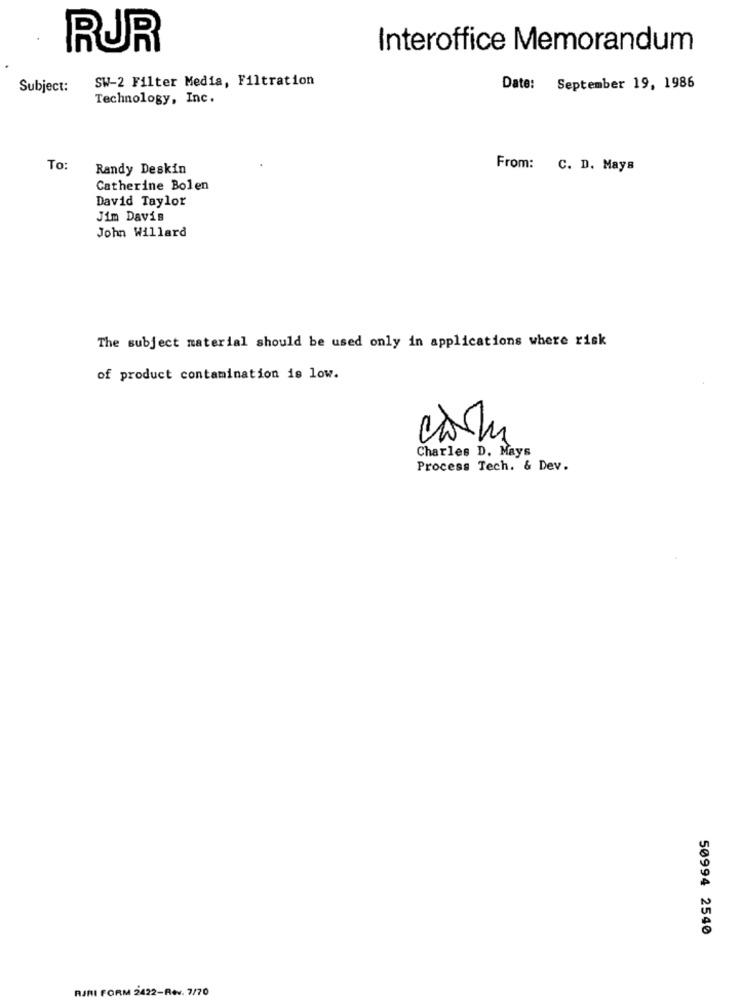
RUR
Interoffice Memorandum
SW-2 Filter Media, Filtration
Subject:
Date: September 19, 1986
Technology, Inc.
To:
Randy Deskin
From: C. D. Mays
Catherine Bolen
David Taylor
Jim Davis
John Willard
The subject material should be used only in applications where risk
of product contamination is low.
Charles D. Mays
Process Tech. & Dev.
50994 2540
RJRI FORM 2422-Rev. 7/70